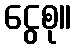
ငွေစု။